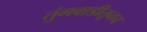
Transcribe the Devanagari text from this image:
तुंगवाडीतूनच